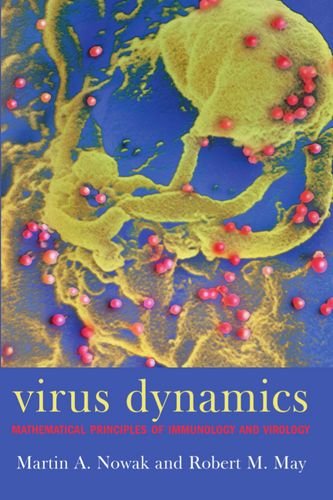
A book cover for Virus dynamics: Mathematical principles of immunology and virology; Martin A. Nowak; Medical Books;